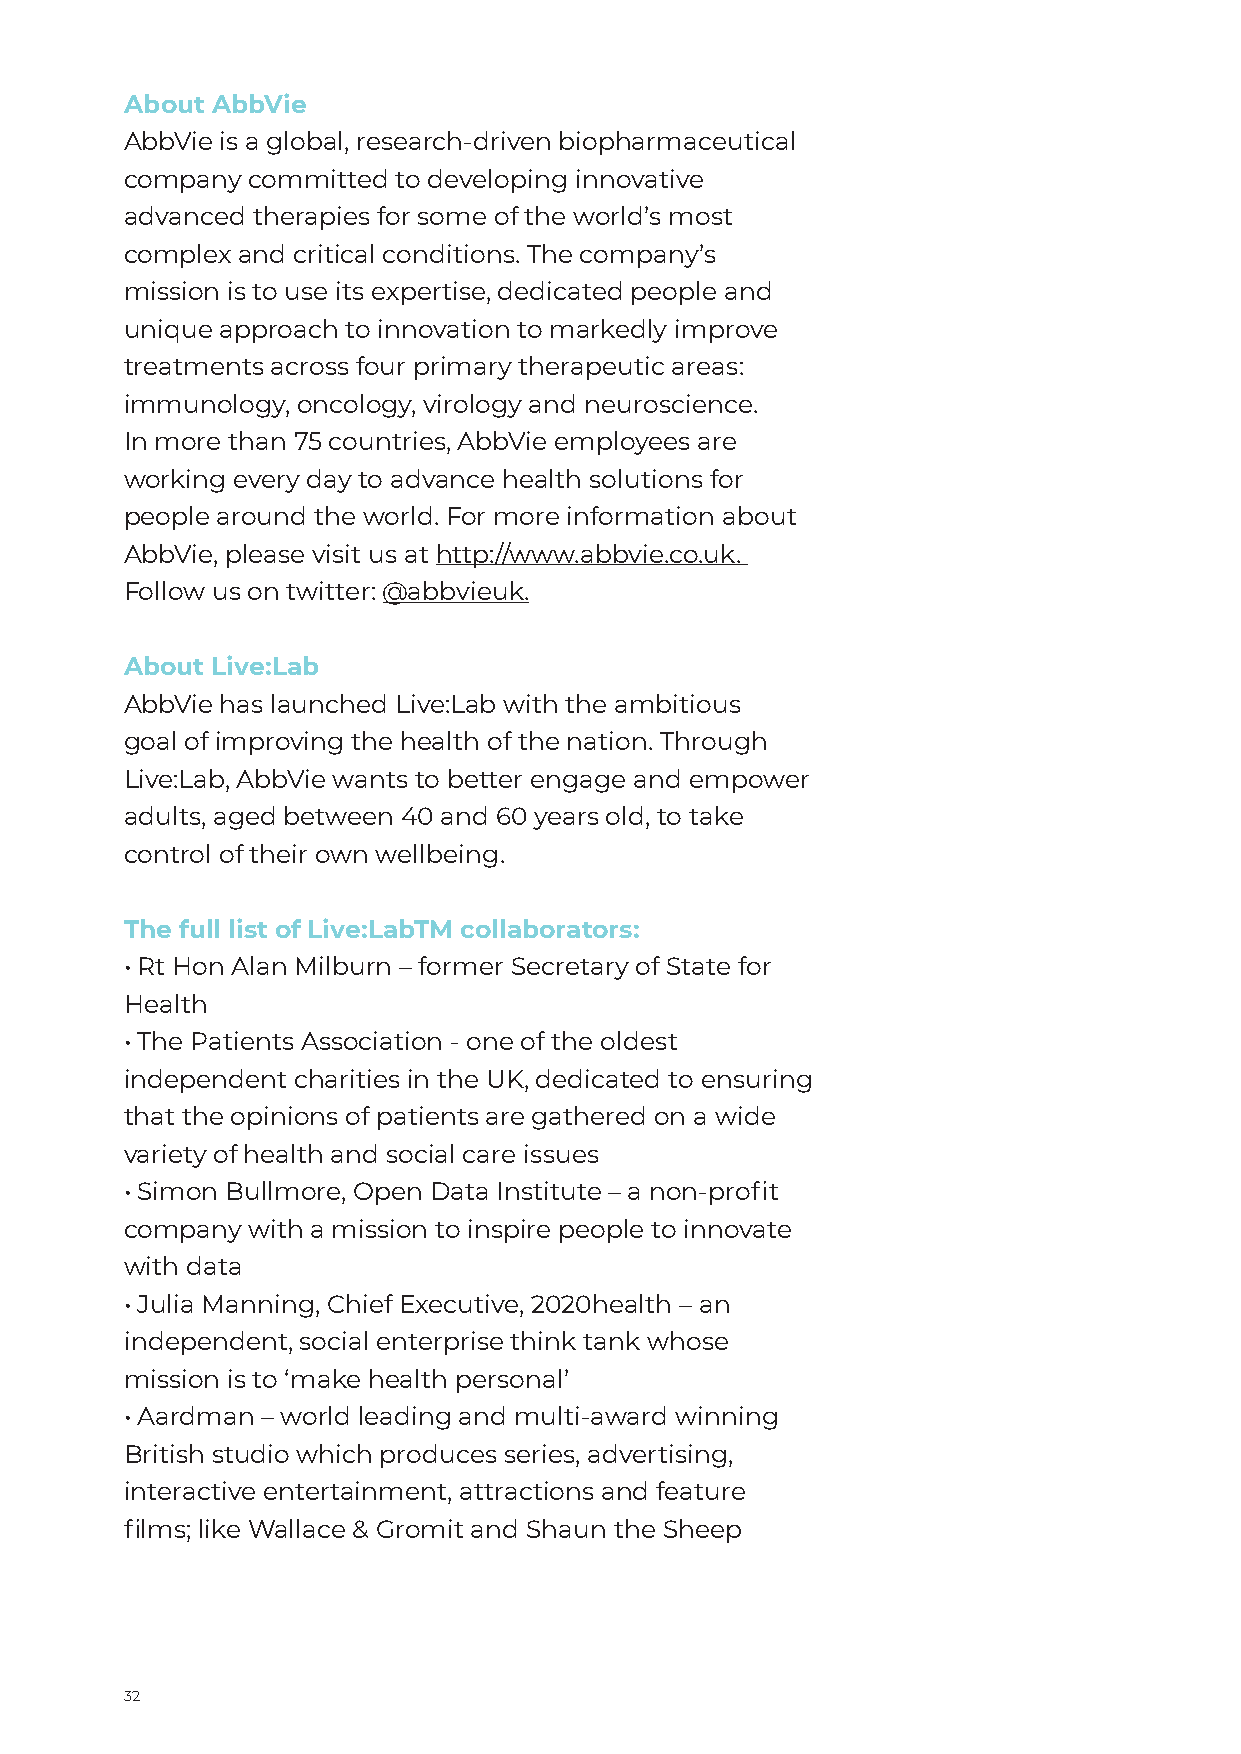
About AbbVie
 AbbVie is a global, research-driven biopharmaceutical
 company committed to developing innovative
 advanced therapies for some of the world’s most
 complex and critical conditions. The company’s
 mission is to use its expertise, dedicated people and
 unique approach to innovation to markedly improve
 treatments across four primary therapeutic areas:
 immunology, oncology, virology and neuroscience.
 In more than 75 countries, AbbVie employees are
 working every day to advance health solutions for
 people around the world. For more information about
 AbbVie, please visit us at http://www.abbvie.co.uk.
 Follow us on twitter: @abbvieuk.
 About Live:Lab
 AbbVie has launched Live:Lab with the ambitious
 goal of improving the health of the nation. Through
 Live:Lab, AbbVie wants to better engage and empower
 adults, aged between 40 and 60 years old, to take
 control of their own wellbeing.
 The full list of Live:LabTM collaborators:
 • Rt Hon Alan Milburn – former Secretary of State for
 Health
 • The Patients Association - one of the oldest
 independent charities in the UK, dedicated to ensuring
 that the opinions of patients are gathered on a wide
 variety of health and social care issues
 • Simon Bullmore, Open Data Institute – a non-profit
 company with a mission to inspire people to innovate
 with data
 • Julia Manning, Chief Executive, 2020health – an
 independent, social enterprise think tank whose
 mission is to ‘make health personal’
 • Aardman – world leading and multi-award winning
 British studio which produces series, advertising,
 interactive entertainment, attractions and feature
 films; like Wallace & Gromit and Shaun the Sheep
 32